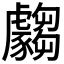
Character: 𲂣